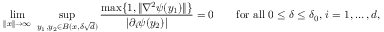
\operatorname* { l i m } _ { \lVert x \rVert \to \infty } \, \, \operatorname* { s u p } _ { y _ { 1 } , y _ { 2 } \in B ( x , \delta \sqrt { d } ) } \frac { \operatorname* { m a x } \{ 1 , \lVert \nabla ^ { 2 } \psi ( y _ { 1 } ) \rVert \} } { \lvert \partial _ { i } \psi ( y _ { 2 } ) \rvert } = 0 \qquad \mathrm { f o r ~ a l l ~ } 0 \leq \delta \leq \delta _ { 0 } , \, i = 1 , \dots , d ,